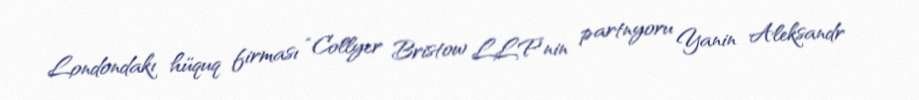
Londondakı hüquq firması “Collyer Bristow LLP”nin partnyoru Yanin Aleksandr